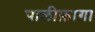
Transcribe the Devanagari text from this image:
पालीफ़ागा